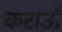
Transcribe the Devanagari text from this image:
कराऊँ